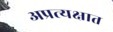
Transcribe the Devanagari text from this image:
अप्रत्यक्षात